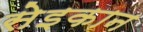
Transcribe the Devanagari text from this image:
सेइकान